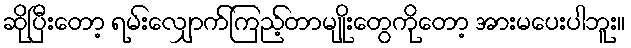
ဆိုပြီးတော့ ရမ်းလျှောက်ကြည့်တာမျိုးတွေကိုတော့ အားမပေးပါဘူး။